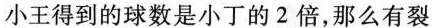
小王得到的球数是小丁的2倍，那么有裂